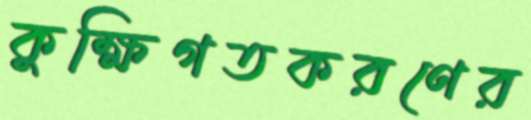
কুক্ষিগতকরণের